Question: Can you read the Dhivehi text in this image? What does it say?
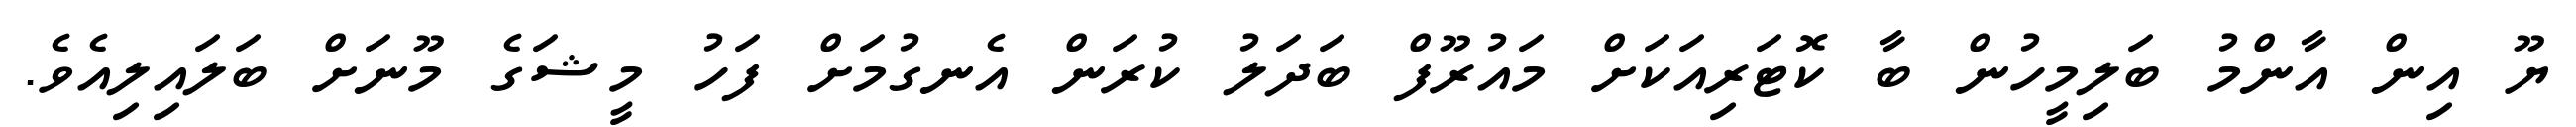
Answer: ޔޫ އިން އާންމު ބަލިމީހުން ބާ ކޮޓަރިއަކަށް މައުރޫފް ބަދަލު ކުރަން އެނގުމަށް ފަހު މީޝަގެ މޫނަށް ބަލައިލިއެވެ.